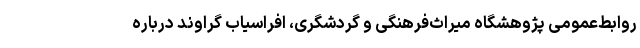
روابط‌عمومی پژوهشگاه میراث‌فرهنگی و گردشگری، افراسیاب گراوند درباره